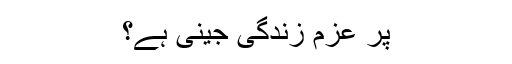
پُر عزم زندگی جینی ہے؟